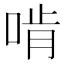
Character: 啃